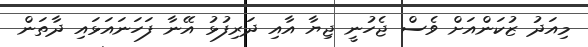
މިއަދު ޒުކަންއަށް ވެސް ޖެހުނީ ޖިޔާ އާއި ދަރިފުޅު އޭނާ ފަހަނައަޅައި ދާތަން